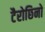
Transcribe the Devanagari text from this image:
टैरोछिनो